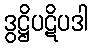
ဒွဋ္ဌိပဋိပဒါ